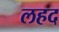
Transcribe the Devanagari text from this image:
लहद